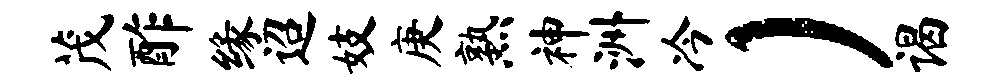
茂酢缘迢妓庚熟神洲冷）谒